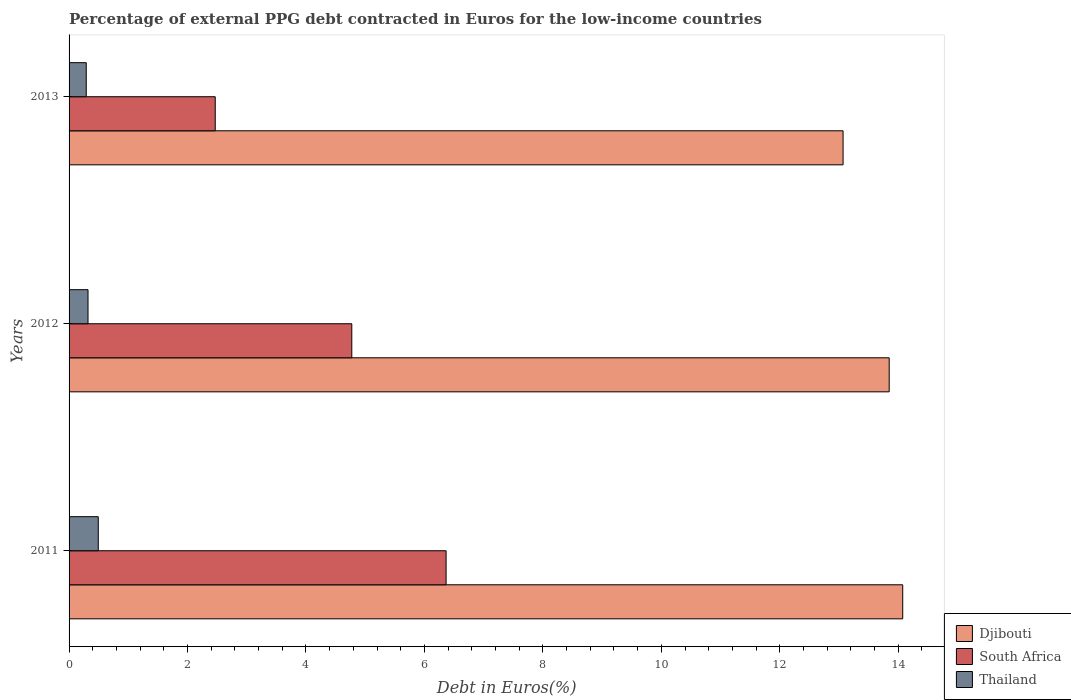
| Years | Djibouti | South Africa | Thailand |
 | --- | --- | --- | --- |
 | 2011 | 14.1 | 6.37 | 0.493 |
 | 2012 | 13.8 | 4.77 | 0.32 |
 | 2013 | 13.1 | 2.47 | 0.29 |